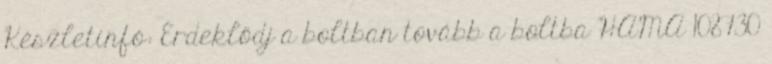
Készletinfó: Érdeklődj a boltban tovább a boltba HAMA 108730